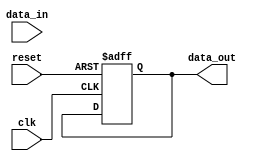
module timing_control(
    input wire clk,              // Clock input
    input wire reset,            // Reset input
    input wire data_in,          // Input data
    output reg data_out          // Output data
);

    // Add your code for generating and managing timing signals here
    always @(posedge clk or posedge reset) begin
        if (reset) begin
            // Reset values
            data_out <= 1'b0;
        end else begin
            // Timing control logic
            // Add your code here
        end
    end

endmodule